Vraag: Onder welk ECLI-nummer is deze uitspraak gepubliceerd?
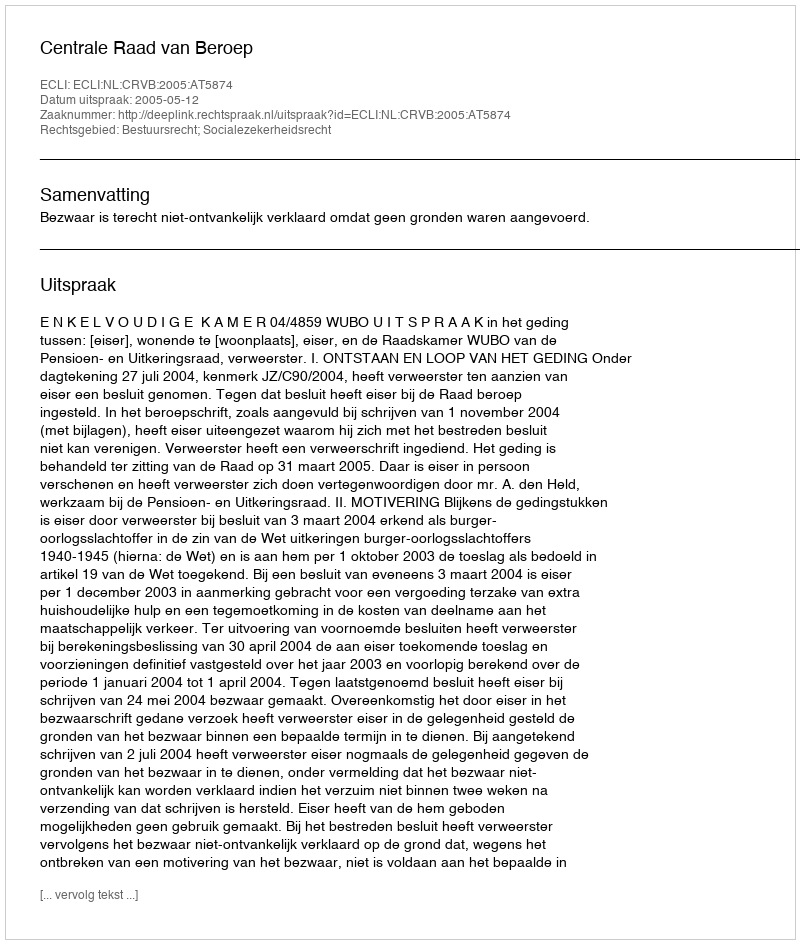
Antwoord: ECLI:NL:CRVB:2005:AT5874